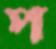
প